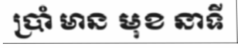
ប្រាំ មាន មុខ នាទី